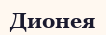
Дионея